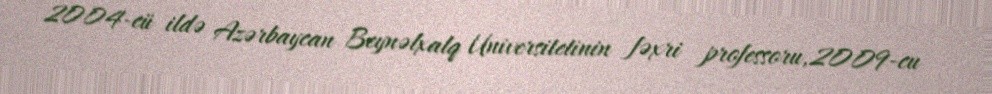
2004-cü ildə Azərbaycan Beynəlxalq Universitetinin fəxri professoru,2009-cu